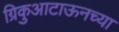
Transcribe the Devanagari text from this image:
ग्रिकुआटाऊनच्या